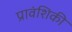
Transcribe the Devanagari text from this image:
प्रावंशिकी